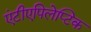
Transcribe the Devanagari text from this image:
एंटीएपिलेप्टिक